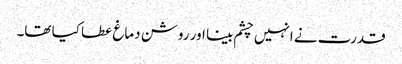
قدرت نے انہیں چشم بینا اور روشن دماغ عطا کیا تھا۔